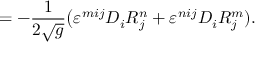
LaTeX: = - { \frac { 1 } { 2 { \sqrt { g } } } } { \bigl ( } \varepsilon ^ { m i j } D _ { i } R _ { j } ^ { n } + \varepsilon ^ { n i j } D _ { i } R _ { j } ^ { m } ) .